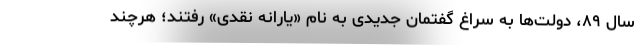
سال ۸۹، دولت‌ها به سراغ گفتمان جدیدی به نام «یارانه نقدی» رفتند؛ هرچند